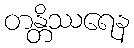
တန္တိဿရေန